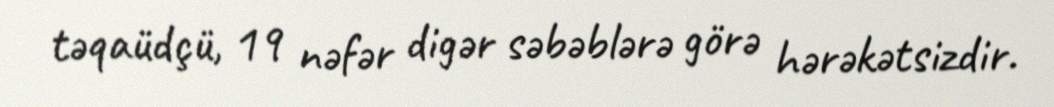
təqaüdçü, 19 nəfər digər səbəblərə görə hərəkətsizdir.